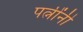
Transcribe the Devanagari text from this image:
पत्नींनी